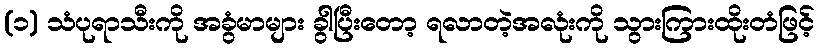
(၁) သံပုရာသီးကို အခွံမာများ ခွါပြီးတော့ ရလာတဲ့အလုံးကို သွားကြားထိုးတံဖြင့်